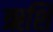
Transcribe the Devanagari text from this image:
ऋशि